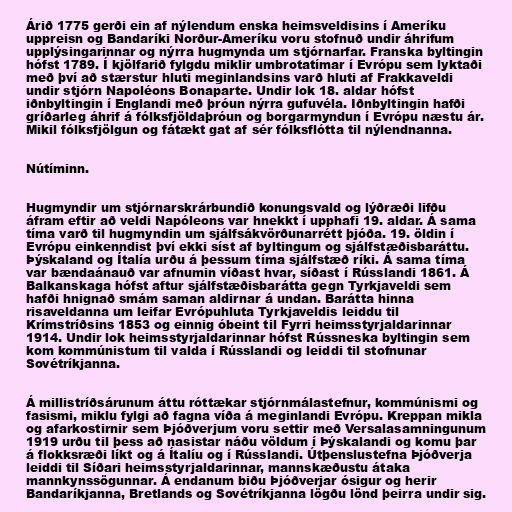
Árið 1775 gerði ein af nýlendum enska heimsveldisins í Ameríku
uppreisn og Bandaríki Norður-Ameríku voru stofnuð undir áhrifum
upplýsingarinnar og nýrra hugmynda um stjórnarfar. Franska byltingin
hófst 1789. Í kjölfarið fylgdu miklir umbrotatímar í Evrópu sem lyktaði
með því að stærstur hluti meginlandsins varð hluti af Frakkaveldi
undir stjórn Napoléons Bonaparte. Undir lok 18. aldar hófst
iðnbyltingin í Englandi með þróun nýrra gufuvéla. Iðnbyltingin hafði
gríðarleg áhrif á fólksfjöldaþróun og borgarmyndun í Evrópu næstu ár.
Mikil fólksfjölgun og fátækt gat af sér fólksflótta til nýlendnanna.

Nútíminn.

Hugmyndir um stjórnarskrárbundið konungsvald og lýðræði lifðu
áfram eftir að veldi Napóleons var hnekkt í upphafi 19. aldar. Á sama
tíma varð til hugmyndin um sjálfsákvörðunarrétt þjóða. 19. öldin í
Evrópu einkenndist því ekki síst af byltingum og sjálfstæðisbaráttu.
Þýskaland og Ítalía urðu á þessum tíma sjálfstæð ríki. Á sama tíma
var bændaánauð var afnumin víðast hvar, síðast í Rússlandi 1861. Á
Balkanskaga hófst aftur sjálfstæðisbarátta gegn Tyrkjaveldi sem
hafði hnignað smám saman aldirnar á undan. Barátta hinna
risaveldanna um leifar Evrópuhluta Tyrkjaveldis leiddu til
Krímstríðsins 1853 og einnig óbeint til Fyrri heimsstyrjaldarinnar
1914. Undir lok heimsstyrjaldarinnar hófst Rússneska byltingin sem
kom kommúnistum til valda í Rússlandi og leiddi til stofnunar
Sovétríkjanna.

Á millistríðsárunum áttu róttækar stjórnmálastefnur, kommúnismi og
fasismi, miklu fylgi að fagna víða á meginlandi Evrópu. Kreppan mikla
og afarkostirnir sem Þjóðverjum voru settir með Versalasamningunum
1919 urðu til þess að nasistar náðu völdum í Þýskalandi og komu þar
á flokksræði líkt og á Ítalíu og í Rússlandi. Útþenslustefna Þjóðverja
leiddi til Síðari heimsstyrjaldarinnar, mannskæðustu átaka
mannkynssögunnar. Á endanum biðu Þjóðverjar ósigur og herir
Bandaríkjanna, Bretlands og Sovétríkjanna lögðu lönd þeirra undir sig.